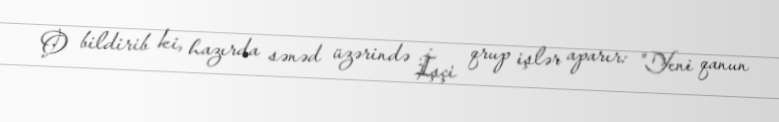
O bildirib ki, hazırda sənəd üzərində İşçi qrup işlər aparır: "Yeni qanun